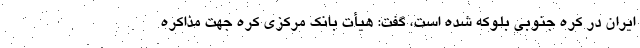
ایران در کره جنوبی بلوکه شده است، گفت: هیأت بانک مرکزی کره جهت مذاکره